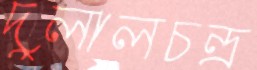
দুলালচন্দ্র